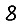
Digit: 8